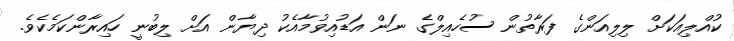
ކުއްލިއަކަށް ލިލިއަންގެ ފަރާތުން ސުހެއިލްގެ ނަން އަޑުއިވުމާއެކު ދިޔާން އަށް ލިބުނީ ހައިރާންކަމެކެވެ.